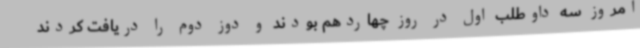
امروز سه داوطلب اول در روز چهاردهم بودند و دوز دوم را دریافت کردند